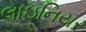
લાઇનિયર